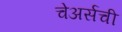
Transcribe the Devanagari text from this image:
चेअर्सची